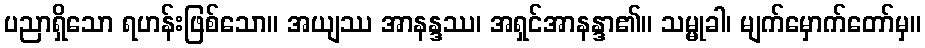
ပညာရှိသော ရဟန်းဖြစ်သော။ အယျဿ အာနန္ဒဿ၊ အရှင်အာနန္ဒာ၏။ သမ္မုခါ၊ မျက်မှောက်တော်မှ။